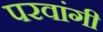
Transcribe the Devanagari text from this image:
परवांगी